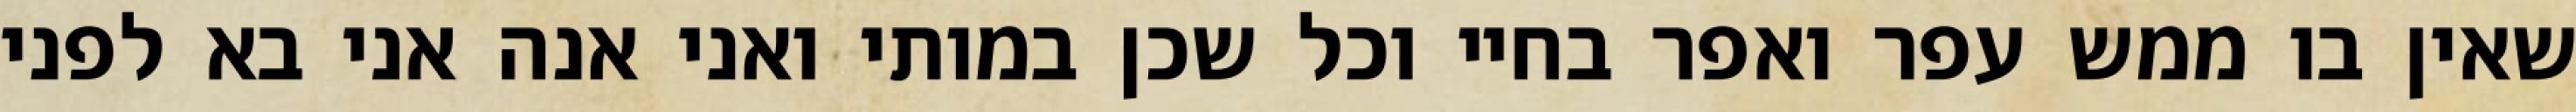
שאין בו ממש עפר ואפר בחיי וכל שכן במותי ואני אנה אני בא לפני